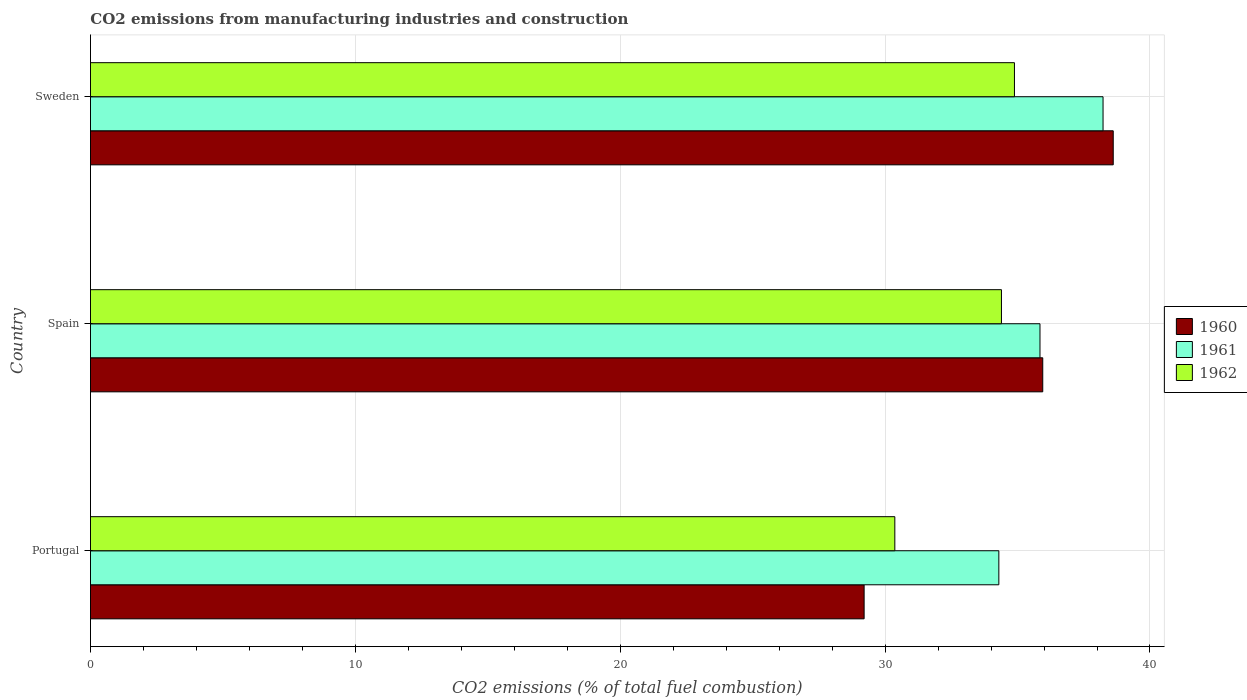
| Country | 1960 | 1961 | 1962 |
 | --- | --- | --- | --- |
 | Portugal | 29.2 | 34.3 | 30.4 |
 | Spain | 36 | 35.8 | 34.4 |
 | Sweden | 38.6 | 38.2 | 34.9 |